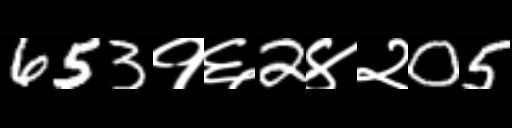
Text: 653१६2४२05